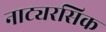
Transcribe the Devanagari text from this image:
नाट्यरसिक